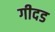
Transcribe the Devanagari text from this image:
गीदड